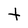
Character: t